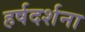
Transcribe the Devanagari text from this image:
हर्षदर्शना